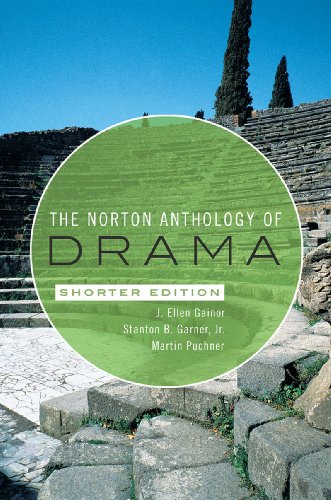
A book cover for The Norton Anthology of Drama (Shorter Edition); Literature & Fiction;